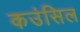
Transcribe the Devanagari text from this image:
कउंसिल